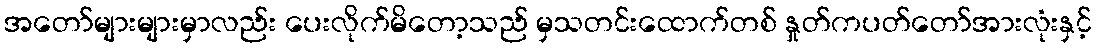
အတော်များများမှာလည်း ပေးလိုက်မိတော့သည် မှသတင်းထောက်တစ် နှုတ်ကပတ်တော်အားလုံးနှင့်